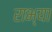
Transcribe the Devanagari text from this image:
राभ्या